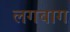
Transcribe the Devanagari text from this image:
लगबाग